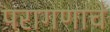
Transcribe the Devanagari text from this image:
परागणाचे